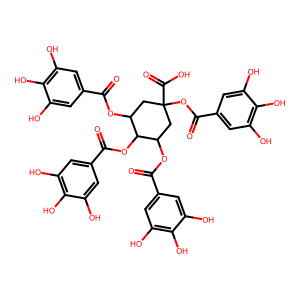
SMILES: O=C(OC1CC(OC(=O)c2cc(O)c(O)c(O)c2)(C(=O)O)CC(OC(=O)c2cc(O)c(O)c(O)c2)C1OC(=O)c1cc(O)c(O)c(O)c1)c1cc(O)c(O)c(O)c1
Inhibits HIV replication: No